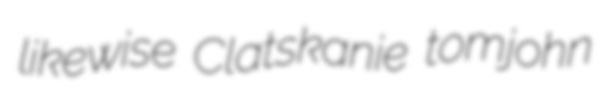
likewise Clatskanie tomjohn